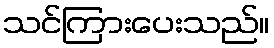
သင်ကြားပေးသည်။